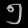
Digit: ၅